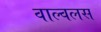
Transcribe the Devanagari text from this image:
वाल्वलस